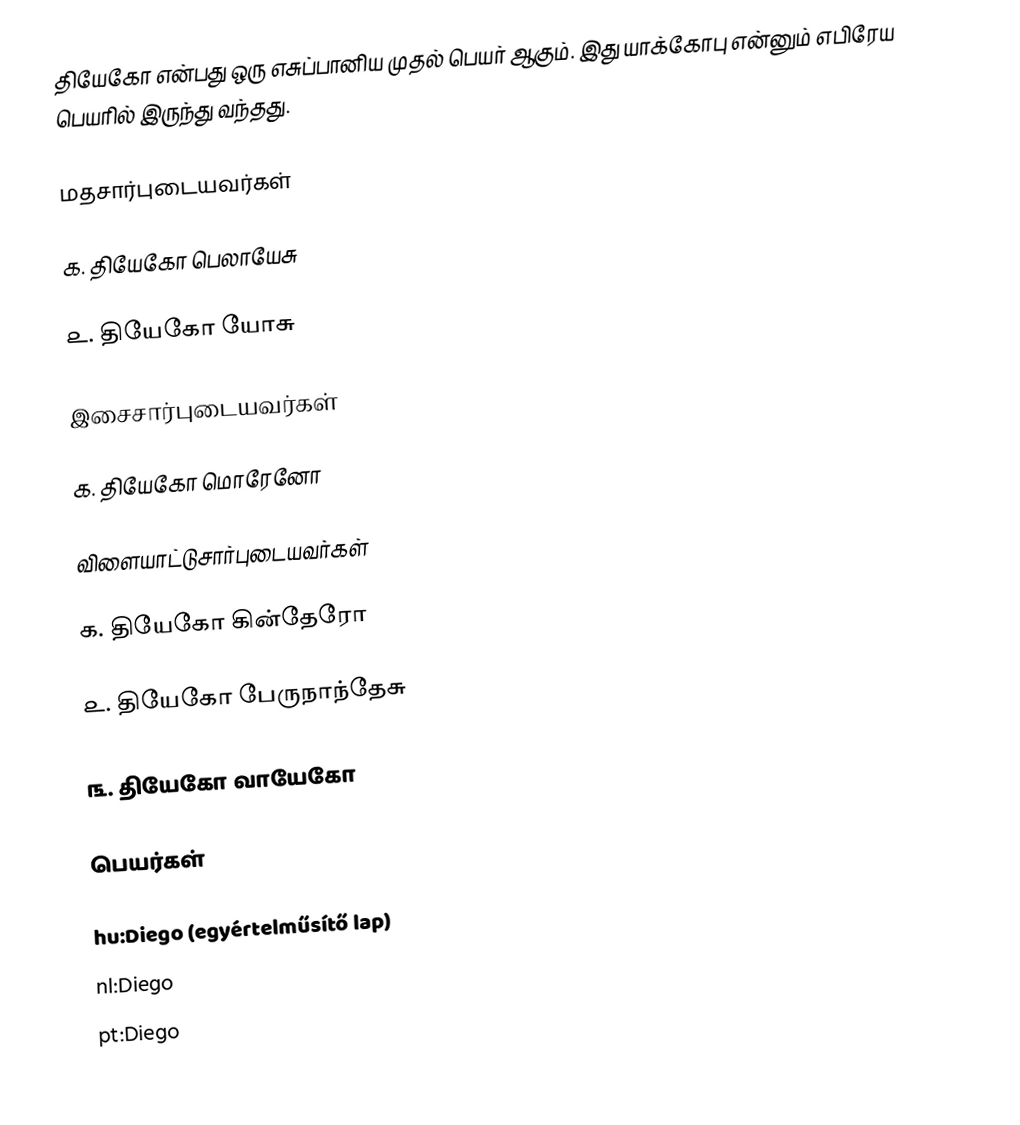
தியேகோ என்பது ஒரு எசுப்பானிய முதல் பெயர் ஆகும். இது யாக்கோபு என்னும் எபிரேய பெயரில் இருந்து வந்தது.

மதசார்புடையவர்கள்

௧. தியேகோ பெலாயேசு

௨. தியேகோ யோசு

இசைசார்புடையவர்கள்

௧. தியேகோ மொரேனோ

விளையாட்டுசார்புடையவர்கள்

௧. தியேகோ கின்தேரோ

௨. தியேகோ பேருநாந்தேசு

௩. தியேகோ வாயேகோ

பெயர்கள்

hu:Diego (egyértelműsítő lap)
nl:Diego
pt:Diego